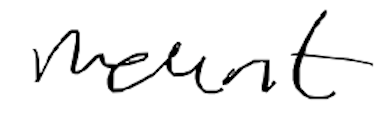
Text: mount
Cross-out: clean
Writing tool: digital_black